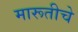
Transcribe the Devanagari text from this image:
मारूतीचे